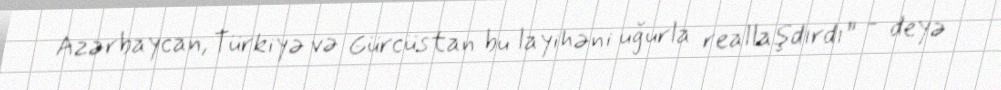
Azərbaycan, Türkiyə və Gürcüstan bu layihəni uğurla reallaşdırdı” - deyə